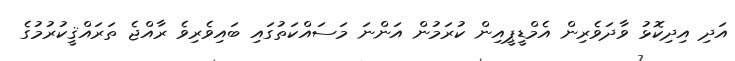
އަދި އިދިކޮޅު ވާދަވެރިން އެމްޑީޕީއިން ކުރަމުން އަންނަ މަސައްކަތުގައި ބައިވެރިވެ ރާއްޖެ ތަރައްޤީކުރުމުގެ